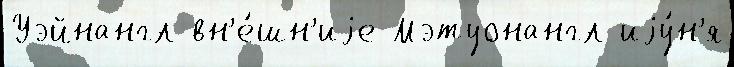
Уэйнангл вн'е́шн'иjе Мэтуонангл иjу́н'я